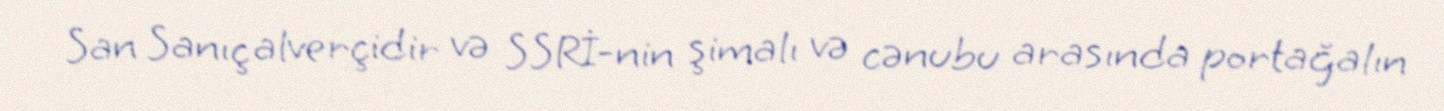
San Sanıç alverçidir və SSRİ-nin şimalı və cənubu arasında portağalın